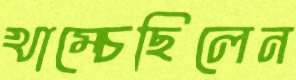
খাম্‌চেছিলেন